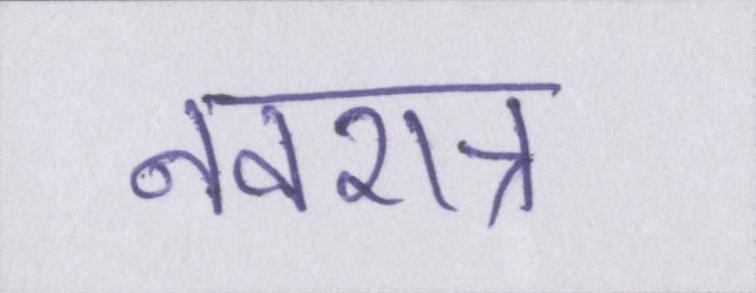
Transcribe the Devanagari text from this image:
नवरात्र